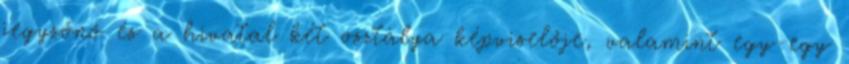
jegyzőnő és a hivatal két osztálya képviselője, valamint egy-egy